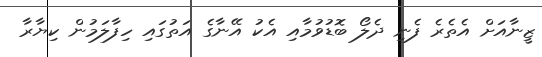
ޒީނާއަށް އެތެރެ ފެނި ދެލޯ ބޮޑުވުމާއި އެކު އޭނާގެ އަތުގައި ހިފާލަމުން ކިޔާރާ